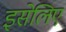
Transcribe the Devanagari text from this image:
इसेलिए